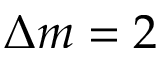
\Delta m = 2